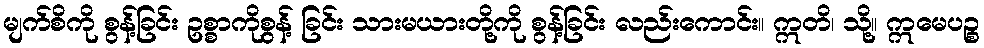
မျက်စိကို စွန့်ခြင်း ဥစ္စာကိုစွန့် ခြင်း သားမယားတို့ကို စွန့်ခြင်း လည်းကောင်း။ ဣတိ၊ သို့။ ဣမေပဉ္စ